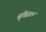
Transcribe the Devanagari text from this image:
सॄष्टिज्ञान